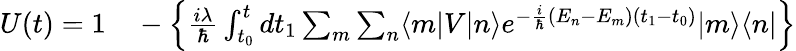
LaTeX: \begin{array}{rl}{U(t)=1}&{{}-\left\{ {\frac{i\lambda}{\hbar}}\int_{t_{0}}^{t}dt_{1}\sum_{m}\sum_{n}\langle m|V|n\rangle e^{-{\frac{i}{\hbar}}(E_{n}-E_{m})(t_{1}-t_{0})}|m\rangle\langle n|\right\} }\end{array}